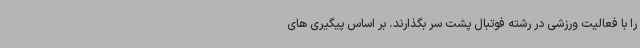
را با فعالیت ورزشی در رشته فوتبال پشت سر بگذارند. بر اساس پیگیری های